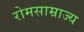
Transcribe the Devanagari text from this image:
रोमसाम्राज्य